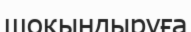
шоқындыруға